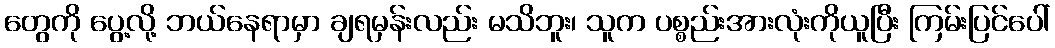
တွေကို ပွေ့လို့ ဘယ်နေရာမှာ ချရမှန်းလည်း မသိဘူး၊ သူက ပစ္စည်းအားလုံးကိုယူပြီး ကြမ်းပြင်ပေါ်